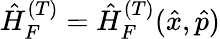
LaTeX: \hat{H}_{F}^{(T)}=\hat{H}_{F}^{(T)}(\hat{x},\hat{p})